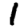
Digit: 1